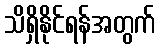
သိရှိနိုင်ရန်အတွက်